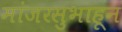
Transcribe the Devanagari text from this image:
मांजरसुभाहून